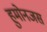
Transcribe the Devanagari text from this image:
हुमोनजस